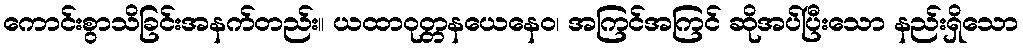
ကောင်းစွာသိခြင်းအနက်တည်း။ ယထာဝုတ္တနယေနေဝ၊ အကြင်အကြင် ဆိုအပ်ပြီးသော နည်းရှိသော